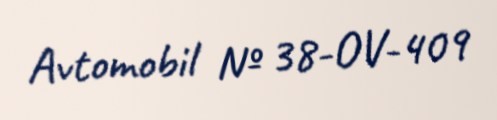
Avtomobil № 38-OV-409